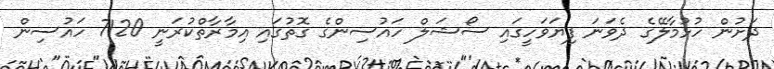
ދަށުން ހުޅުމާލޭގެ ދެވަނަ ފިޔަވަހީގައި ސޯޝަލް ހައުސިންގެ ގޮތުގައި އިމާރާތްކުރަނީ 7120 ހައުސިން